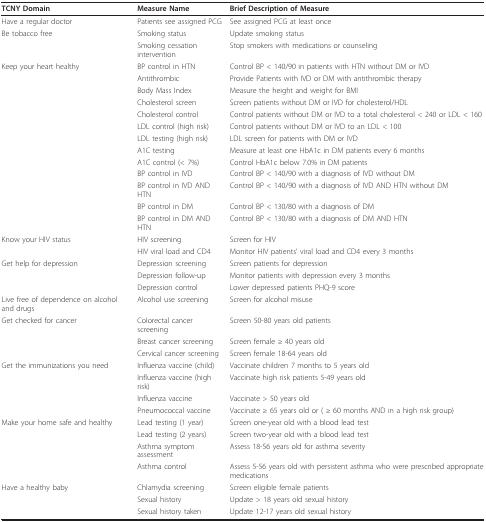
<table><thead><tr><td><b>TCNY Domain</b></td><td><b>Measure Name</b></td><td><b>Brief Description of Measure</b></td></tr></thead><tbody><tr><td>Have a regular doctor</td><td>Patients see assigned PCG</td><td>See assigned PCG at least once</td></tr><tr><td>Be tobacco free</td><td>Smoking status</td><td>Update smoking status</td></tr><tr><td></td><td>Smoking cessation intervention</td><td>Stop smokers with medications or counseling</td></tr><tr><td>Keep your heart healthy</td><td>BP control in HTN</td><td>Control BP &lt; 140/90 in patients with HTN without DM or IVD</td></tr><tr><td></td><td>Antithrombic</td><td>Provide Patients with IVD or DM with antithrombic therapy</td></tr><tr><td></td><td>Body Mass Index</td><td>Measure the height and weight for BMI</td></tr><tr><td></td><td>Cholesterol screen</td><td>Screen patients without DM or IVD for cholesterol/HDL</td></tr><tr><td></td><td>Cholesterol control</td><td>Control patients without DM or IVD to a total cholesterol &lt; 240 or LDL &lt; 160</td></tr><tr><td></td><td>LDL control (high risk)</td><td>Control patients without DM or IVD to an LDL &lt; 100</td></tr><tr><td></td><td>LDL testing (high risk)</td><td>LDL screen for patients with DM or IVD</td></tr><tr><td></td><td>A1C testing</td><td>Measure at least one HbA1c in DM patients every 6 months</td></tr><tr><td></td><td>A1C control (&lt; 7%)</td><td>Control HbA1c below 7.0% in DM patients</td></tr><tr><td></td><td>BP control in IVD</td><td>Control BP &lt; 140/90 with a diagnosis of IVD without DM</td></tr><tr><td></td><td>BP control in IVD AND HTN</td><td>Control BP &lt; 140/90 with a diagnosis of IVD AND HTN without DM</td></tr><tr><td></td><td>BP control in DM</td><td>Control BP &lt; 130/80 with a diagnosis of DM</td></tr><tr><td></td><td>BP control in DM AND HTN</td><td>Control BP &lt; 130/80 with a diagnosis of DM AND HTN</td></tr><tr><td>Know your HIV status</td><td>HIV screening</td><td>Screen for HIV</td></tr><tr><td></td><td>HIV viral load and CD4</td><td>Monitor HIV patients&#x27; viral load and CD4 every 3 months</td></tr><tr><td>Get help for depression</td><td>Depression screening</td><td>Screen patients for depression</td></tr><tr><td></td><td>Depression follow-up</td><td>Monitor patients with depression every 3 months</td></tr><tr><td></td><td>Depression control</td><td>Lower depressed patients PHQ-9 score</td></tr><tr><td>Live free of dependence on alcohol and drugs</td><td>Alcohol use screening</td><td>Screen for alcohol misuse</td></tr><tr><td>Get checked for cancer</td><td>Colorectal cancer screening</td><td>Screen 50-80 years old patients</td></tr><tr><td></td><td>Breast cancer screening</td><td>Screen female ≥ 40 years old</td></tr><tr><td></td><td>Cervical cancer screening</td><td>Screen female 18-64 years old</td></tr><tr><td>Get the immunizations you need</td><td>Influenza vaccine (child)</td><td>Vaccinate children 7 months to 5 years old</td></tr><tr><td></td><td>Influenza vaccine (high risk)</td><td>Vaccinate high risk patients 5-49 years old</td></tr><tr><td></td><td>Influenza vaccine</td><td>Vaccinate &gt; 50 years old</td></tr><tr><td></td><td>Pneumococcal vaccine</td><td>Vaccinate ≥ 65 years old or ( ≥ 60 months AND in a high risk group)</td></tr><tr><td>Make your home safe and healthy</td><td>Lead testing (1 year)</td><td>Screen one-year old with a blood lead test</td></tr><tr><td></td><td>Lead testing (2 years)</td><td>Screen two-year old with a blood lead test</td></tr><tr><td></td><td>Asthma symptom assessment</td><td>Assess 18-56 years old for asthma severity</td></tr><tr><td></td><td>Asthma control</td><td>Assess 5-56 years old with persistent asthma who were prescribed appropriate medications</td></tr><tr><td>Have a healthy baby</td><td>Chlamydia screening</td><td>Screen eligible female patients</td></tr><tr><td></td><td>Sexual history</td><td>Update &gt; 18 years old sexual history</td></tr><tr><td></td><td>Sexual history taken</td><td>Update 12-17 years old sexual history</td></tr></tbody></table>